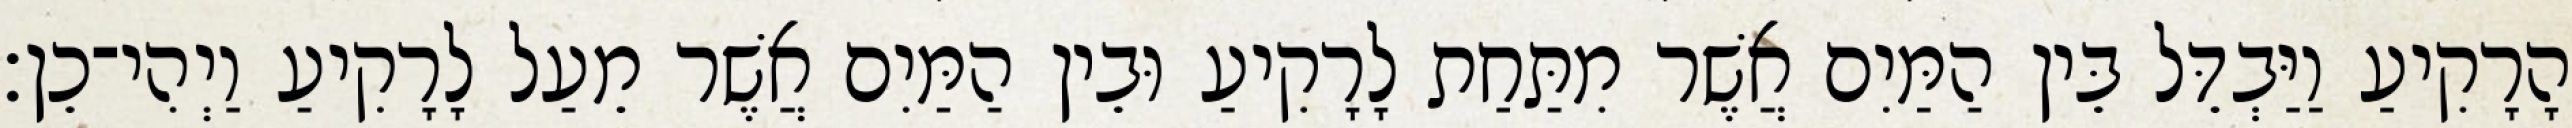
הָרָקִיעַ וַיַּבְדֵּל בֵּין הַמַּיִם אֲשֶׁר מִתַּחַת לָרָקִיעַ וּבֵין הַמַּיִם אֲשֶׁר מֵעַל לָרָקִיעַ וַיְהִי־כֵן׃